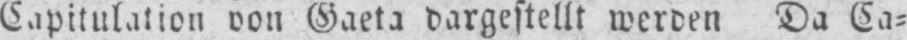
Capitulation von Gaeta dargestellt werden Da Ca⸗